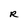
Character: R